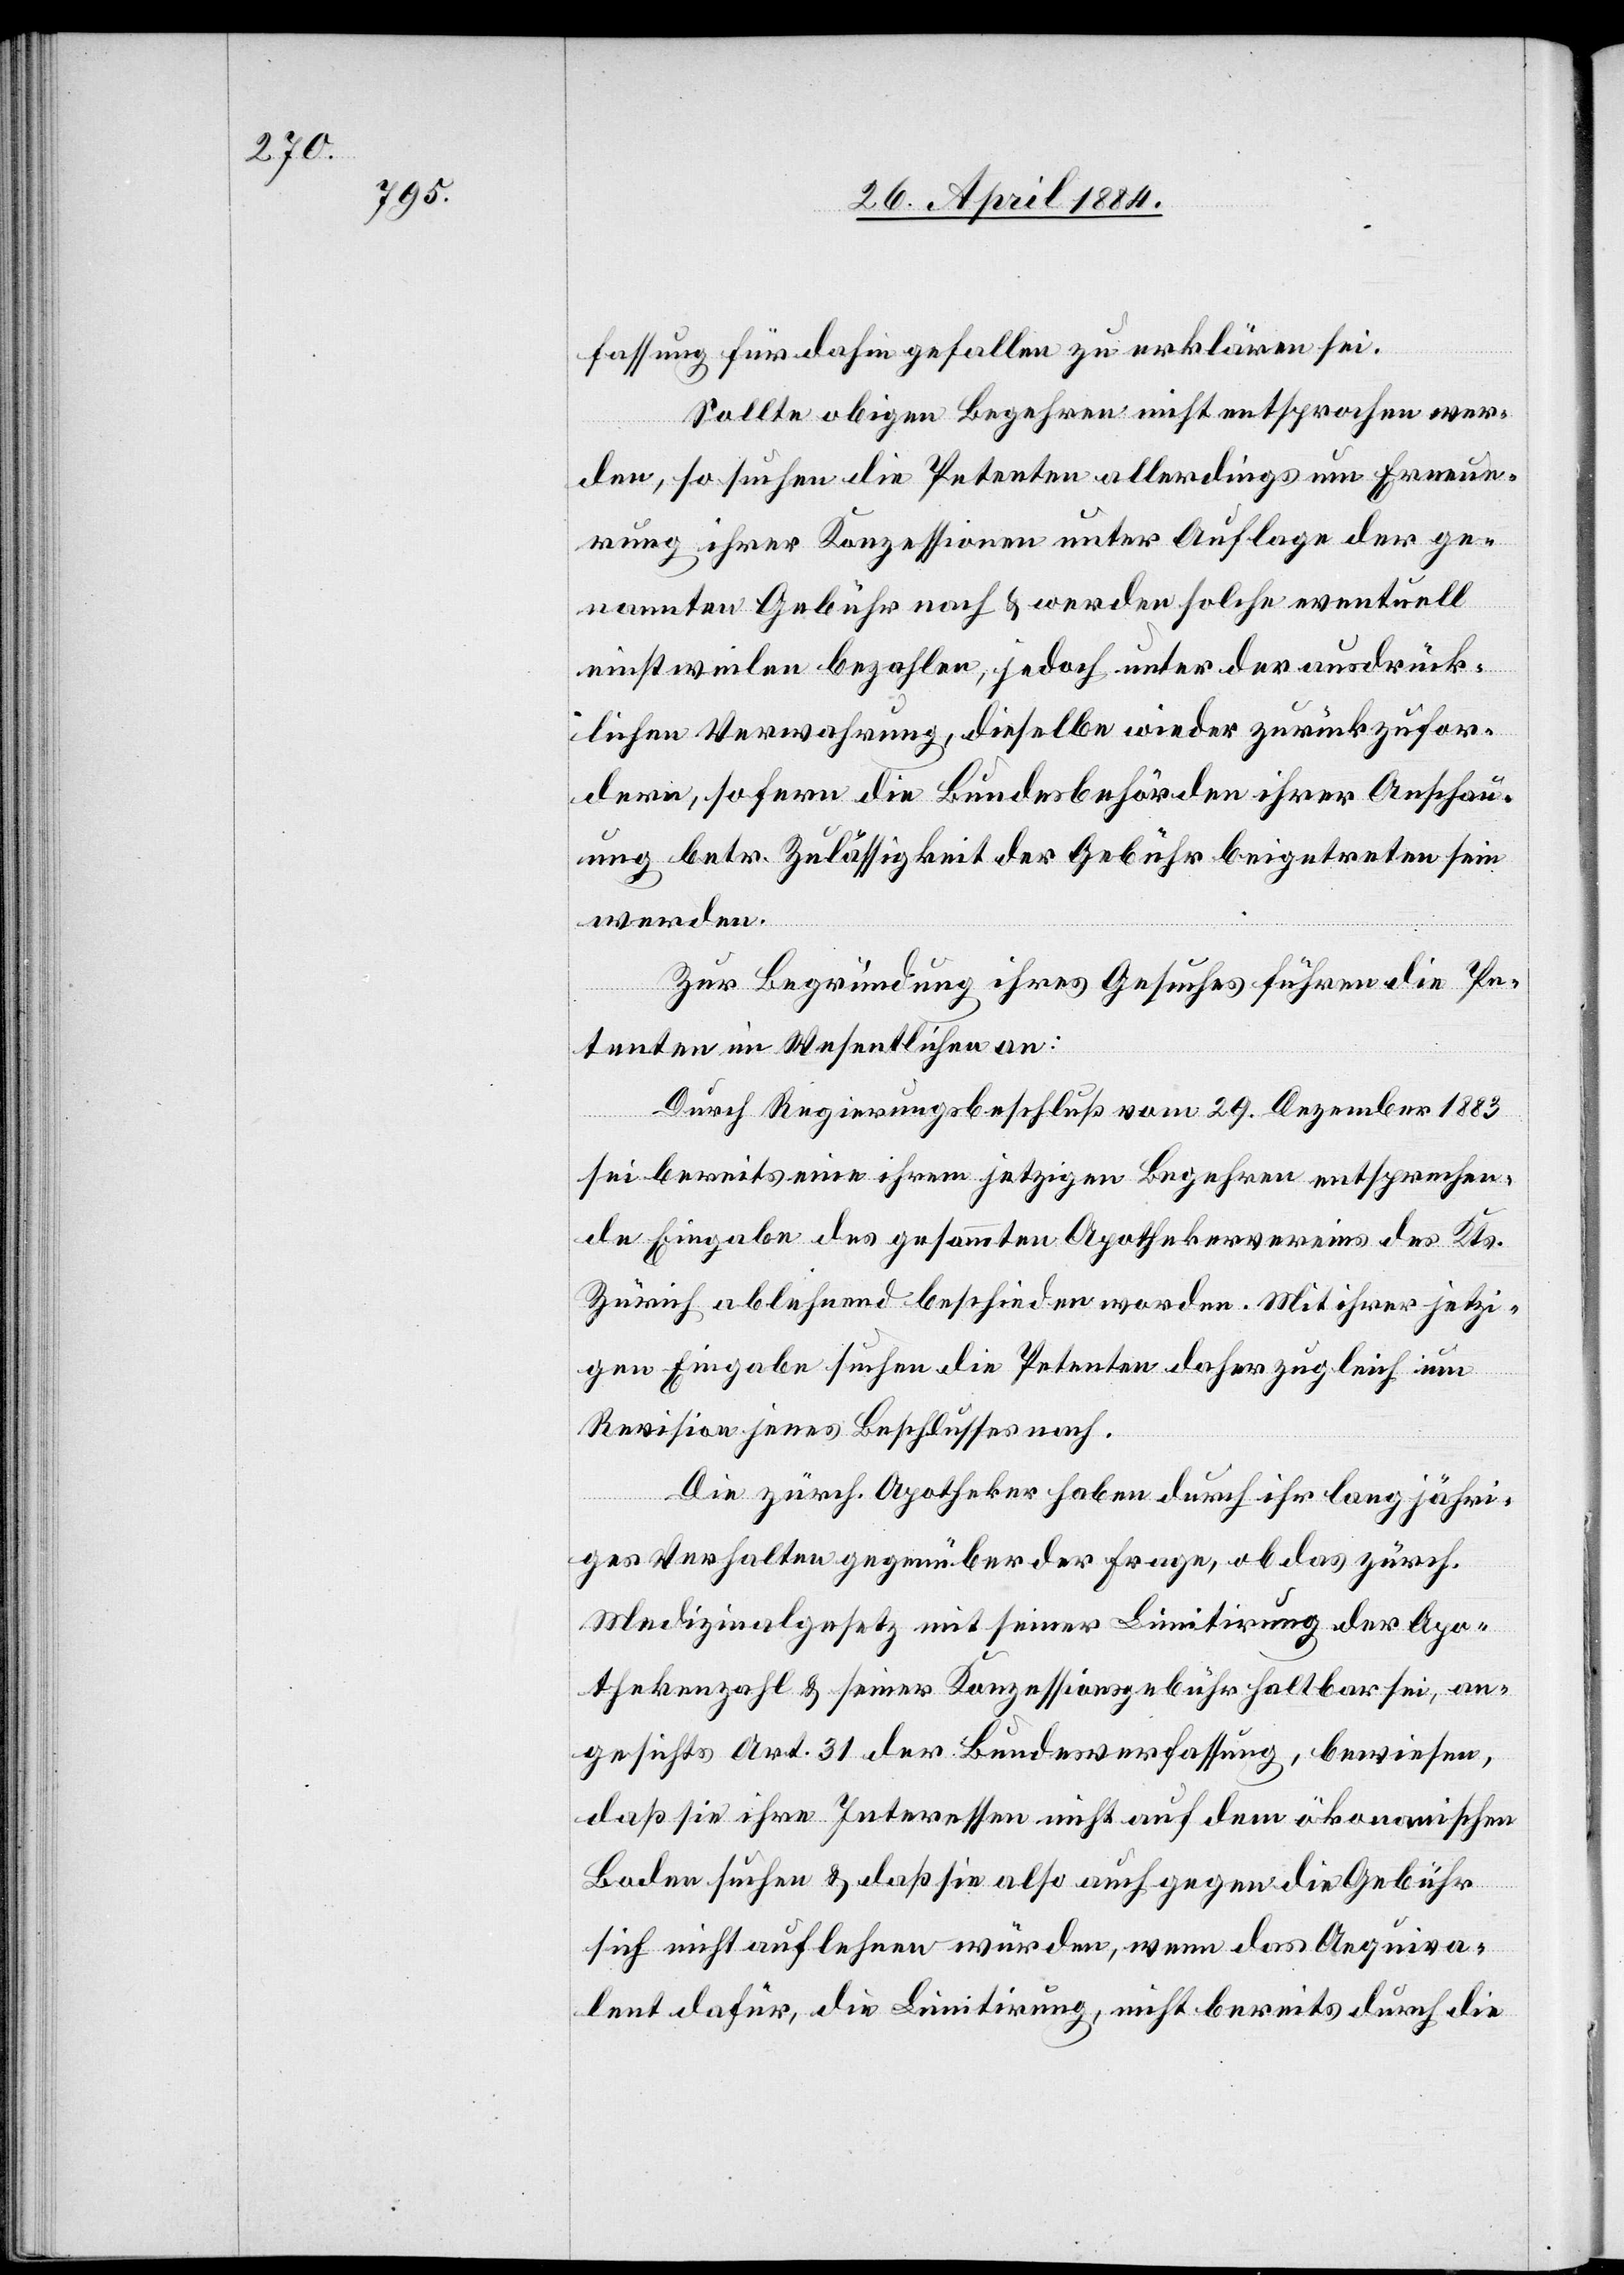
fassung für dahingefallen zu erklären sei.
Sollte obigen Begehren nicht entsprochen wer¬
den, so suchen die Petenten allerdings um Erneue¬
rung ihrer Konzessionen unter Auflage der ge¬
nannten Gebühr nach & werden solche eventuell
einstweilen bezahlen, jedoch unter der ausdrück¬
lichen Verwahrung, dieselbe wieder zurückzufor¬
dern, sofern die Bundesbehörden ihrer Anschau¬
ung betr. Zulässigkeit der Gebühr beigetreten sein
werden.
Zur Begründung ihres Gesuches führen die Pe¬
tenten im Wesentlichen an:
Durch Regierungsbeschluß vom 29. Dezember 1883
sei bereits eine ihrem jetzigen Begehren entsprechen¬
de Eingabe des gesammten Apothekervereins des Kts.
Zürich ablehnend beschieden worden. Mit ihrer jetzi¬
gen Eingabe suchen die Petenten daher zugleich um
Revision jenes Beschlusses nach.
Die zürch. Apotheker haben durch ihr langjähri¬
ges Verhalten gegenüber der Frage, ob das zürch.
Medizinalgesetz mit seiner Limitirung der Apo¬
thekenzahl & seiner Konzessionsgebühr haltbar sei, an¬
gesichts Art. 31 der Bundesverfassung, bewiesen,
daß sie ihre Interessen nicht auf dem ökonomischen
Boden suchen & daß sie also auch gegen die Gebühr
sich nicht auflehnen würden, wenn das Aequiva¬
lent dafür, die Limitirung, nicht bereits durch die